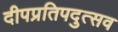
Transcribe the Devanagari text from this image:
दीपप्रतिपदुत्सव